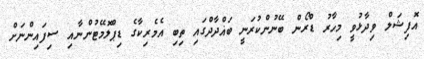
އޮފިޝަލް ވިދާޅުވީ މިހާރު ޑްރޯން ބޭނުންކުރަނީ ބަޣްދާދްގައި ތިބި އެމެރިކާގެ ޑިޕްލޮމޭޓުންނާއި ސިފައިންނަށް